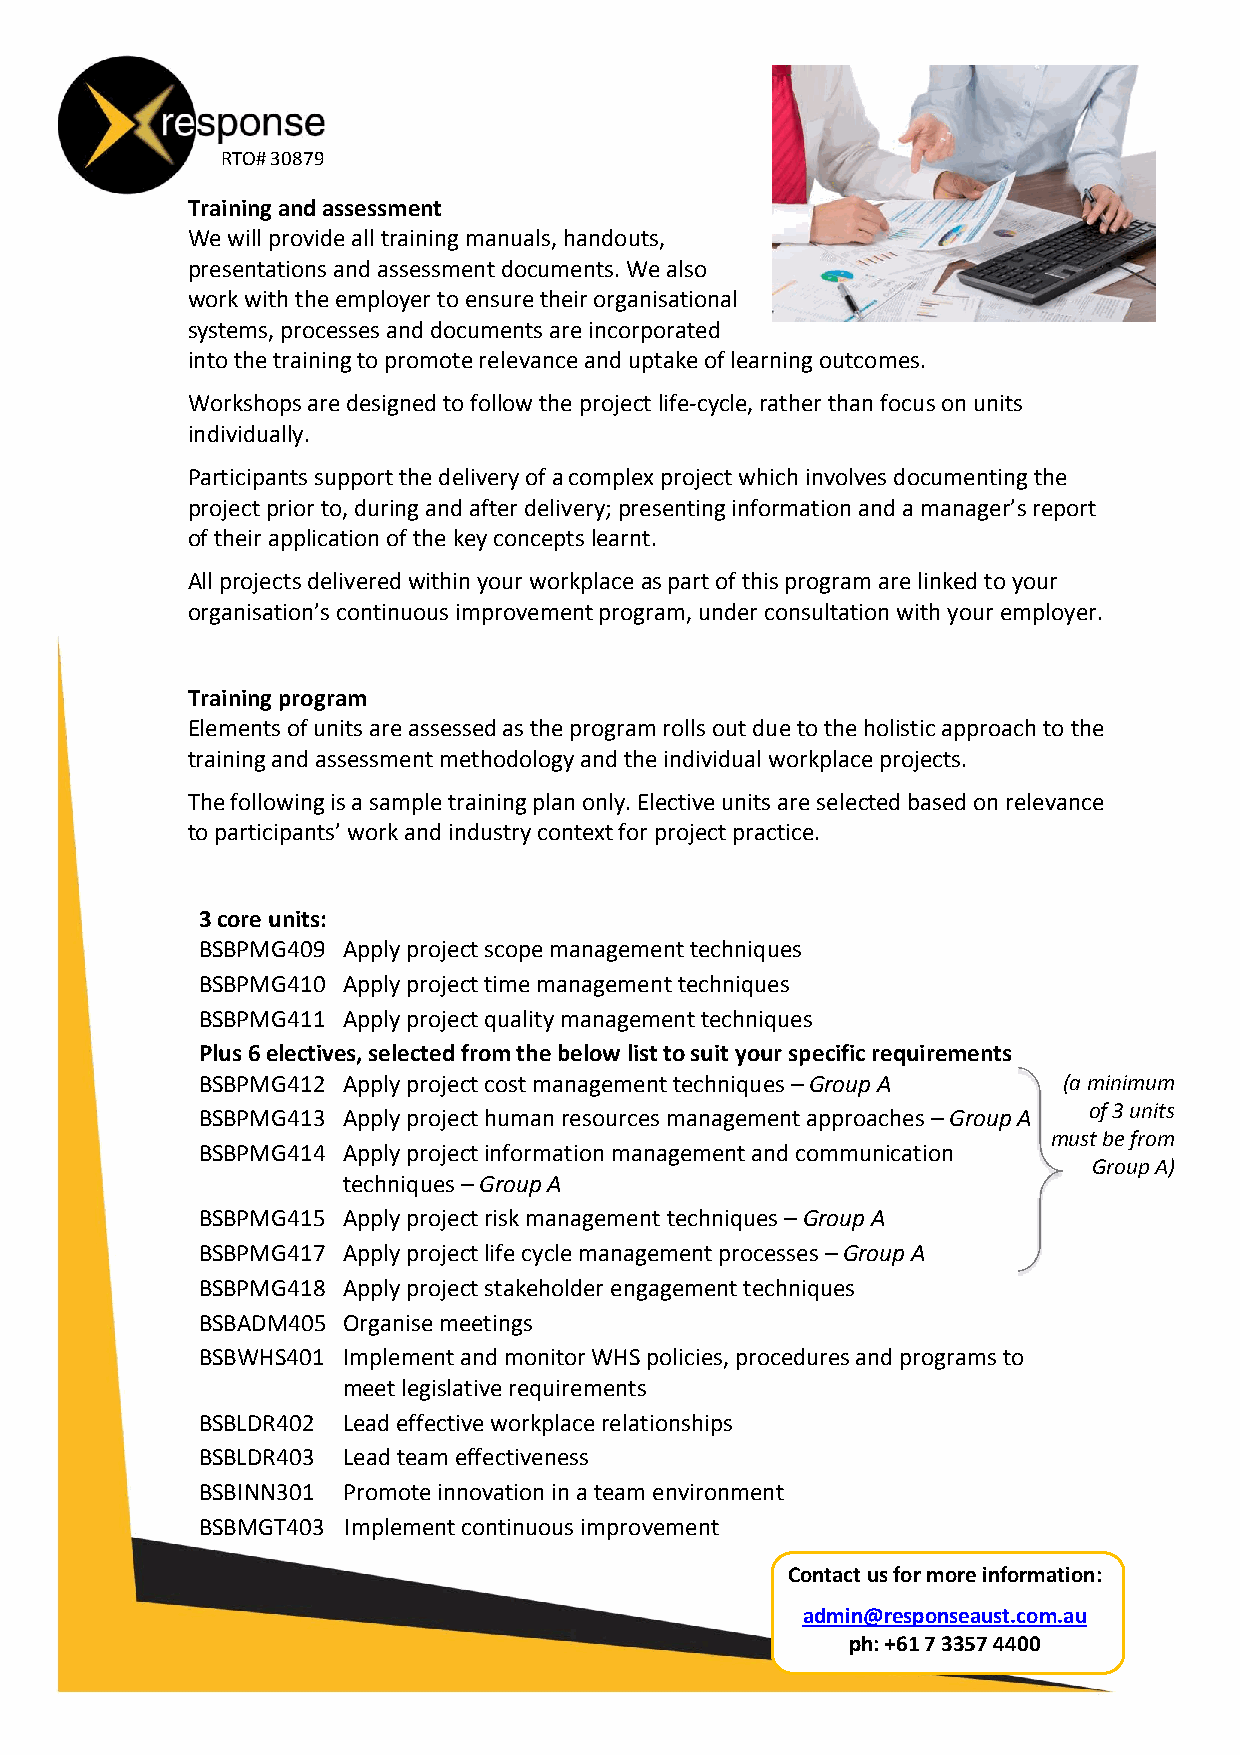
RTO# 30879
 Training and assessment
 We will provide all training manuals, handouts,
 presentations and assessment documents. We also
 work with the employer to ensure their organisational
 systems, processes and documents are incorporated
 into the training to promote relevance and uptake of learning outcomes.
 Workshops are designed to follow the project life-cycle, rather than focus on units
 individually.
 Participants support the delivery of a complex project which involves documenting the
 project prior to, during and after delivery; presenting information and a manager’s report
 of their application of the key concepts learnt.
 All projects delivered within your workplace as part of this program are linked to your
 organisation’s continuous improvement program, under consultation with your employer.
 Training program
 Elements of units are assessed as the program rolls out due to the holistic approach to the
 training and assessment methodology and the individual workplace projects.
 The following is a sample training plan only. Elective units are selected based on relevance
 to participants’ work and industry context for project practice.
 3 core units:
 BSBPMG409 Apply project scope management techniques
 BSBPMG410 Apply project time management techniques
 BSBPMG411 Apply project quality management techniques
 Plus 6 electives, selected from the below list to suit your specific requirements
 BSBPMG412 Apply project cost management techniques – Group A (a minimum
 of 3 units
 BSBPMG413 Apply project human resources management approaches – Group A
 must be from
 BSBPMG414 Apply project information management and communication
 Group A)
 techniques – Group A
 BSBPMG415 Apply project risk management techniques – Group A
 BSBPMG417 Apply project life cycle management processes – Group A
 BSBPMG418 Apply project stakeholder engagement techniques
 BSBADM405 Organise meetings
 BSBWHS401 Implement and monitor WHS policies, procedures and programs to
 meet legislative requirements
 BSBLDR402 Lead effective workplace relationships
 BSBLDR403 Lead team effectiveness
 BSBINN301 Promote innovation in a team environment
 BSBMGT403 Implement continuous improvement
 Contact us for more information:
 admin@responseaust.com.au
 ph: +61 7 3357 4400